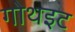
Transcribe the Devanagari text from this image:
गोथइट